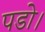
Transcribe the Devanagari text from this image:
पडो।